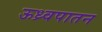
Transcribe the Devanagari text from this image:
ऊध्र्वपातन